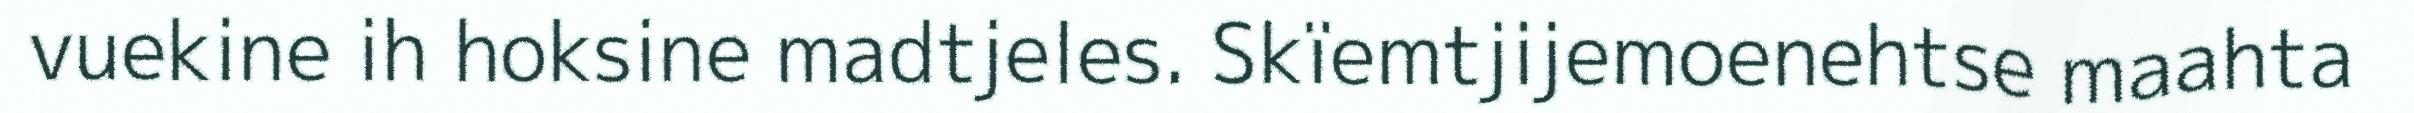
vuekine ih hoksine madtjeles. Skïemtjijemoenehtse maahta